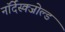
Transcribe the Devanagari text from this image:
नॉर्देंस्क्जोल्ड